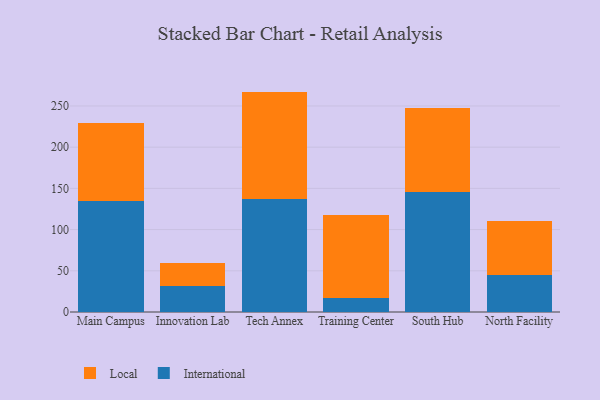
{"axis": {"x": "Campus", "y": "Latency (ms)"}, "legend": ["International", "Local"], "data": [{"x": "Main Campus", "y": 134.1, "type": "International"}, {"x": "Main Campus", "y": 95.5, "type": "Local"}, {"x": "Innovation Lab", "y": 32.0, "type": "International"}, {"x": "Innovation Lab", "y": 27.8, "type": "Local"}, {"x": "Tech Annex", "y": 136.9, "type": "International"}, {"x": "Tech Annex", "y": 130.5, "type": "Local"}, {"x": "Training Center", "y": 16.6, "type": "International"}, {"x": "Training Center", "y": 100.9, "type": "Local"}, {"x": "South Hub", "y": 145.3, "type": "International"}, {"x": "South Hub", "y": 102.4, "type": "Local"}, {"x": "North Facility", "y": 45.0, "type": "International"}, {"x": "North Facility", "y": 65.5, "type": "Local"}]}